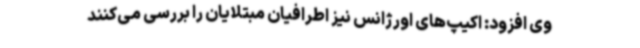
وی افزود: اکیپ‌های اورژانس نیز اطرافیان مبتلایان را بررسی می‌کنند